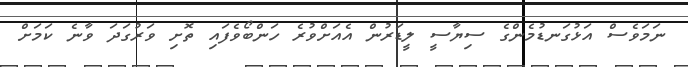
ނަމަވެސް އަޅުގަނޑުމެންގެ ސިޔާސީ ލީޑަރުން އެއަށްވުރެ ހަންބޯވެފައި ތޮށި ވަރުގަދަ ވާނެ ކަމަށް